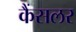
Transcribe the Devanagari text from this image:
कैंसलर